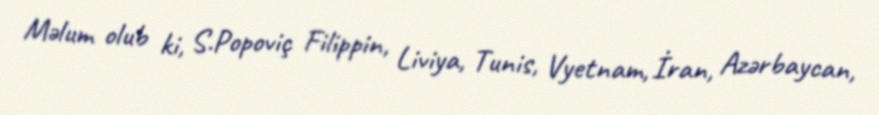
Məlum olub ki, S.Popoviç Filippin, Liviya, Tunis, Vyetnam, İran, Azərbaycan,